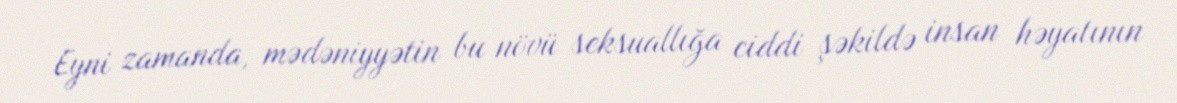
Eyni zamanda, mədəniyyətin bu növü seksuallığa ciddi şəkildə insan həyatının